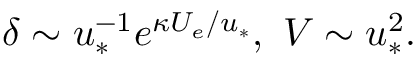
\delta \sim u _ { * } ^ { - 1 } e ^ { \kappa U _ { e } / u _ { * } } , \ V \sim u _ { * } ^ { 2 } .